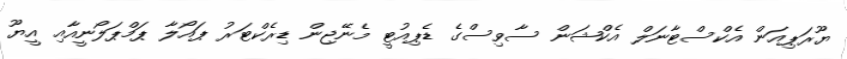
ޔޫރަޕިއަން އެކްސްޓާނަލް އެކްޝަން ސާވިސްގެ ޑެޕިއުޓީ މެނޭޖިން ޑިރެކްޓަރު ޕައޯލާ ޕަމްޕަލޯނީއާއި އީޔޫ